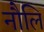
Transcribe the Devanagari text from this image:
नौलि